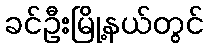
ခင်ဦးမြို့နယ်တွင်